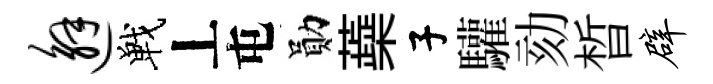
邂戰丄屯勛蘃子驩劾晳辟